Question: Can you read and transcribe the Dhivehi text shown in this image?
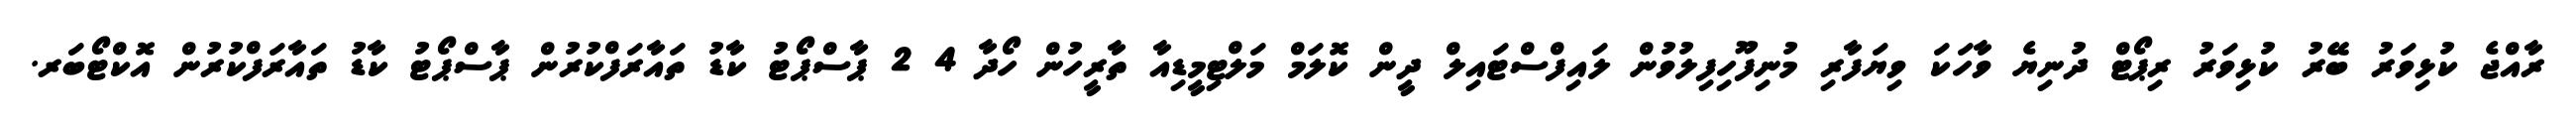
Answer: ރާއްޖެ ކުޅިވަރު ބޭރު ކުޅިވަރު ރިޕޯޓް ދުނިޔެ ވާހަކަ ވިޔަފާރި މުނިފޫހިފިލުވުން ލައިފްސްޓައިލް ދީން ކޮލަމް މަލްޓިމީޑިއާ ތާރީހުން ހޯދާ 4 2 ޕާސްޕޯޓު ކާޑު ތައާރަފްކުރުން ޕާސްޕޯޓު ކާޑު ތައާރަފްކުރުން އޮކްޓޯބަރ.